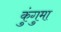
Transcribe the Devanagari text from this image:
कुंगुमा